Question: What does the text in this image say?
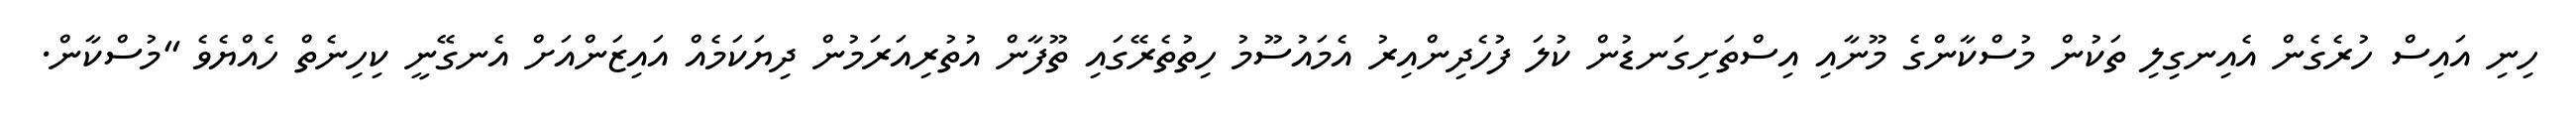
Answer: ހިނި އައިސް ހުރެގެން އެއިނގިލި ތަކުން މުސްކާންގެ މޫނާއި އިސްތަށިގަނޑުން ކުލަ ފުހެދިންއިރު އެމައުސޫމު ހިތުތެރޭގައި ތޫފާން އުތުރިއަރަމުން ދިޔަކަމެއް އައިޒަންއަށް އެނގޭނީ ކިހިނެތް ހެއްޔެވެ "މުސްކާން.